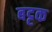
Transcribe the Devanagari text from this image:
बट्टक